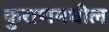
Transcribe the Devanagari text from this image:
कुराणमधील